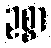
ဥစ္စာ